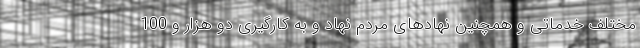
مختلف خدماتی و همچنین نهادهای مردم نهاد و به کارگیری دو هزار و 100